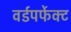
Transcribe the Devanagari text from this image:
वर्डपर्फेक्ट